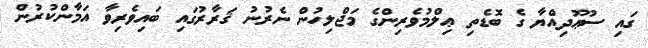
ގައި ސުޢޫދިއްޔާ ގެ ބޮޑެތި ޢިލްމުވެރިންގެ މަޖްލިހުން ނެރުނު ޤަރާރުގައި ބައިވެރިވާ އަމާންކުރުން